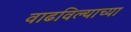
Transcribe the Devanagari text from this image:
वाढविल्याच्या